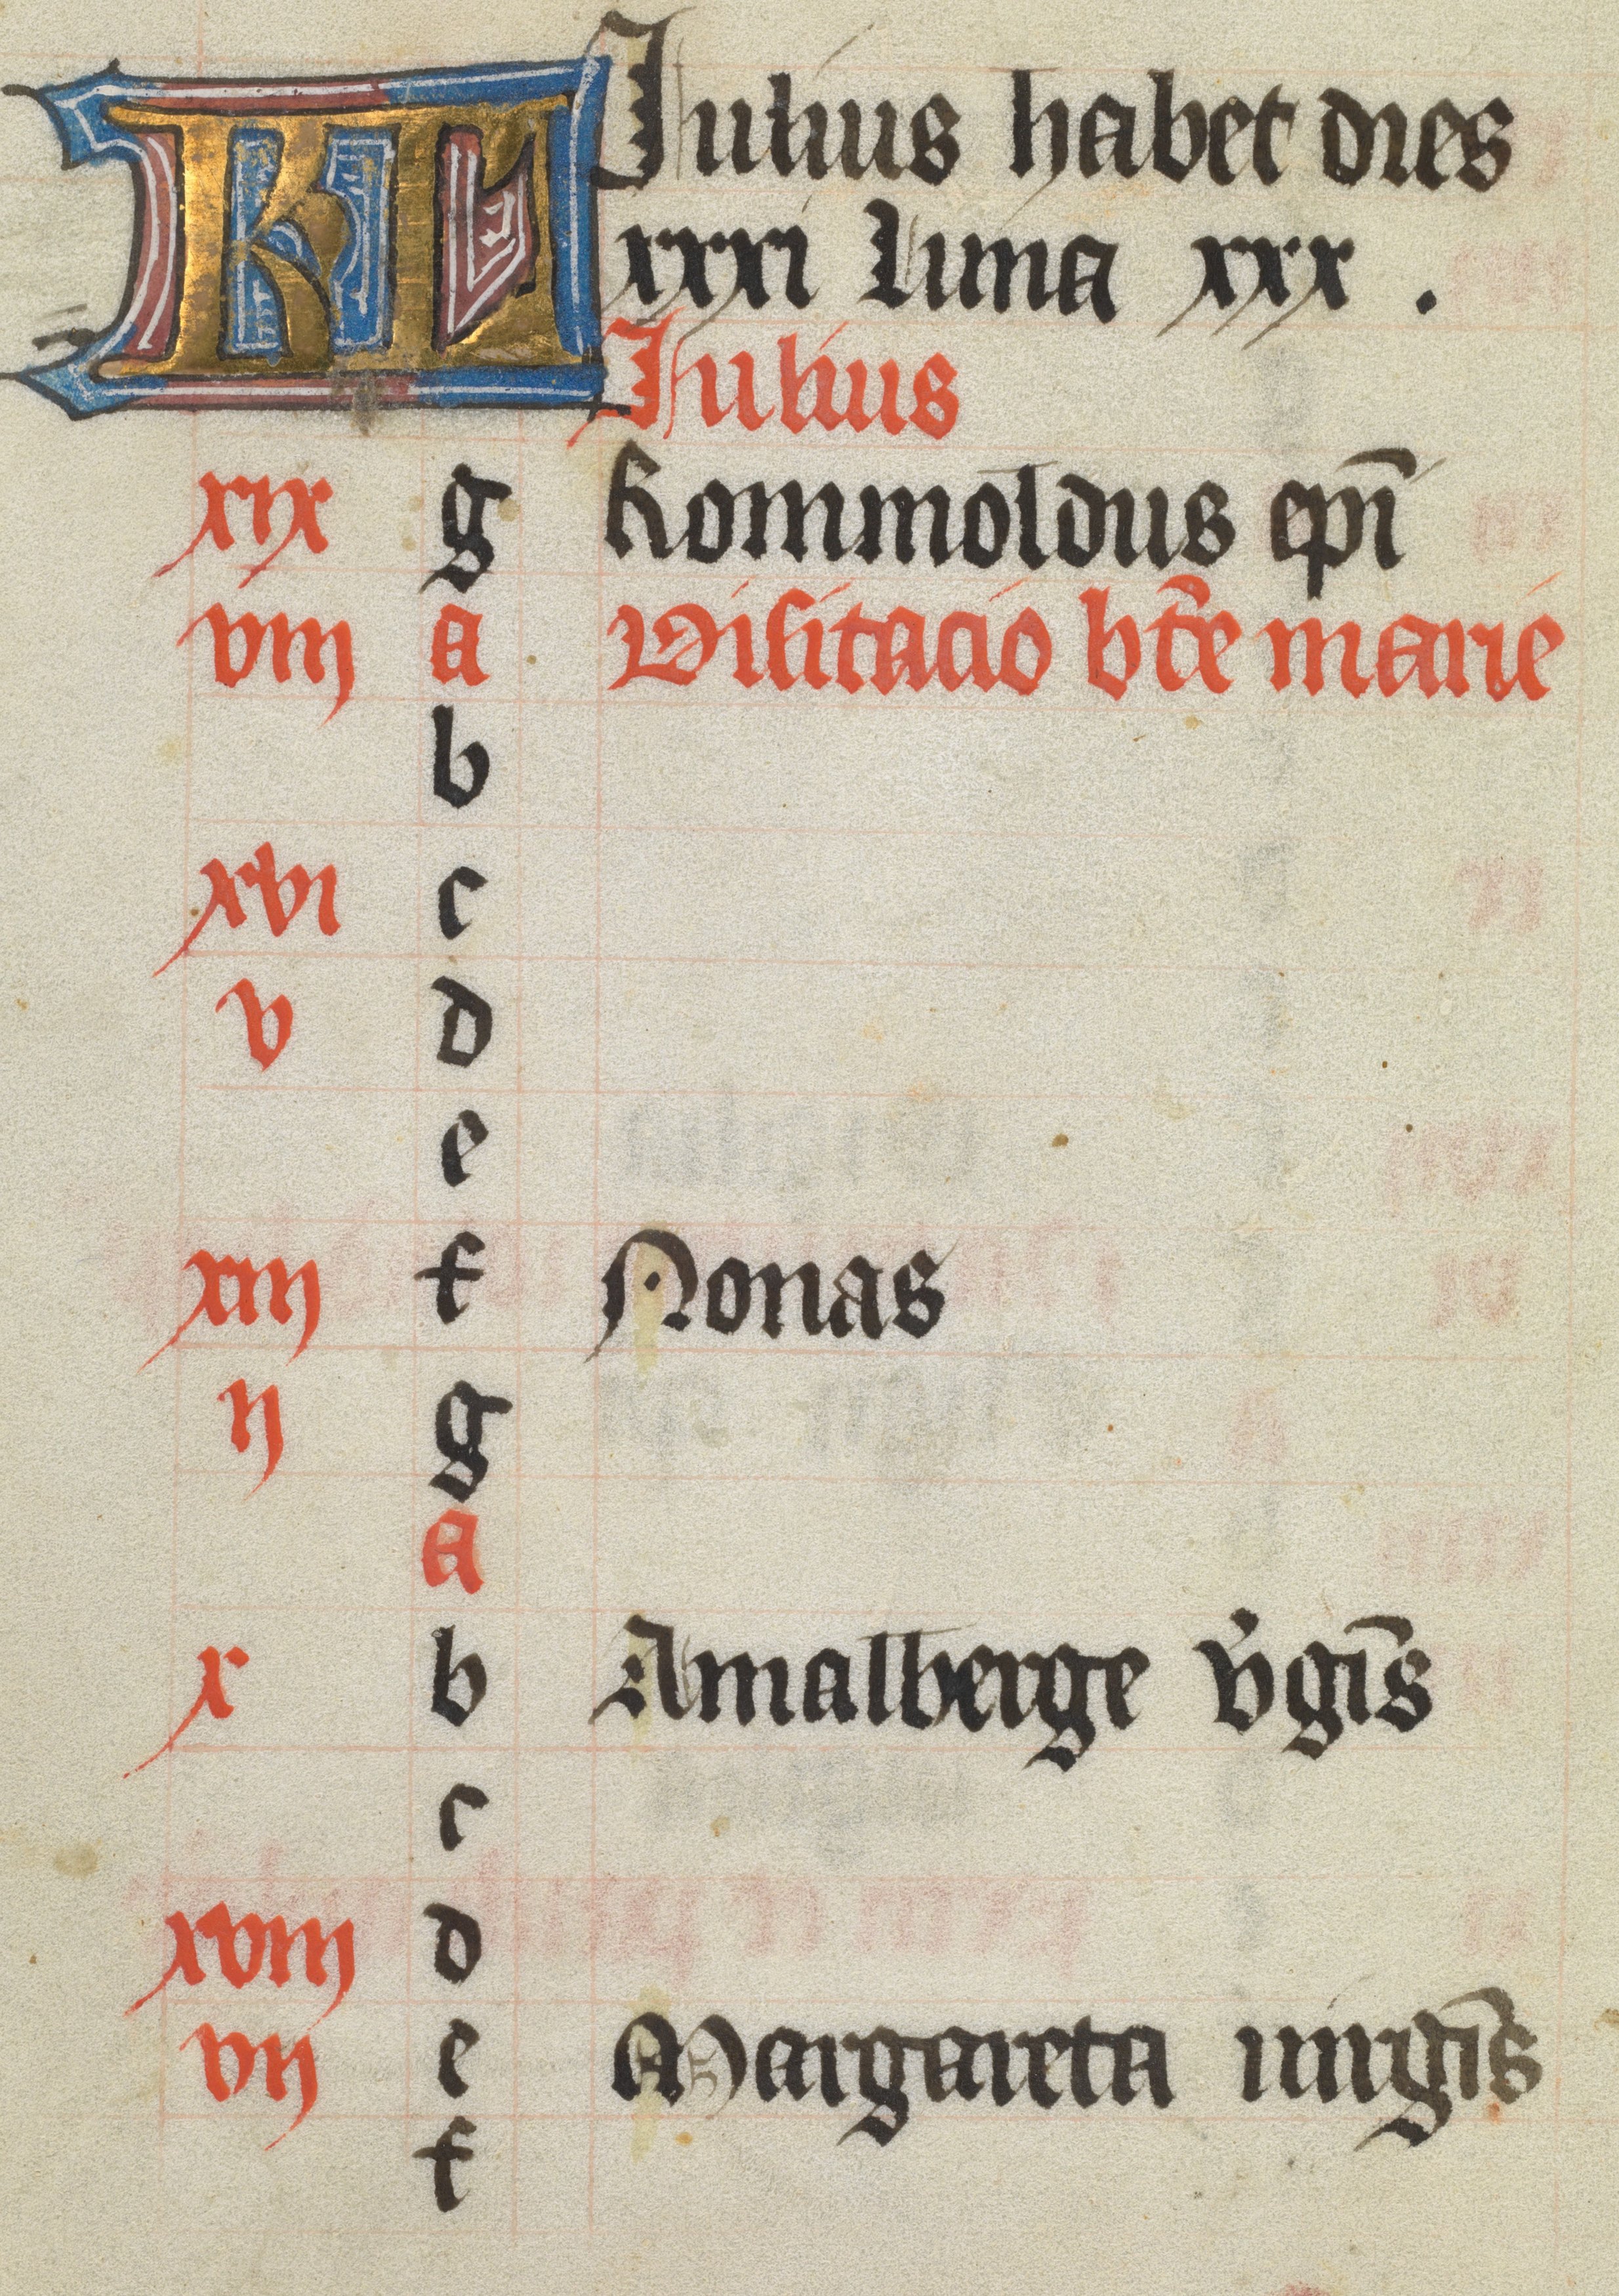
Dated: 1400–1499